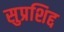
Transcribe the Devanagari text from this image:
सुप्रशिद्द